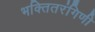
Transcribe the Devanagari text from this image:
भक्तितरंगिणी